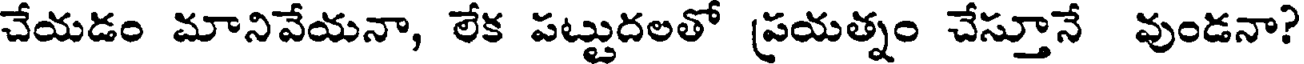
చేయడం మానివేయనా, లేక పట్టుదలతో ప్రయత్నం చేస్తూనే వుండనా?